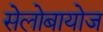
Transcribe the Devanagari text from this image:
सेलोबायोज